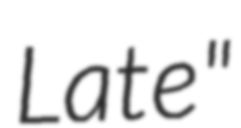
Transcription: Late"